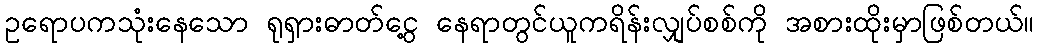
ဥရောပကသုံးနေသော ရုရှားဓာတ်ငွေ့ နေရာတွင်ယူကရိန်းလျှပ်စစ်ကို အစားထိုးမှာဖြစ်တယ်။